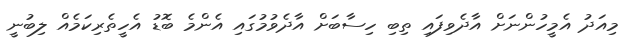
މިއަދު އެމީހުންނަށް އާދެވިފައި ތިބި ހިސާބަށް އާދެވުމުގައި އެންމެ ބޮޑު އެހީތެރިކަމެއް ލިބުނީ